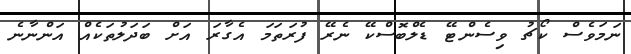
ނަމަވެސް ކޯޗު ވިސެންޓޭ ޑެލްބޮސްކޭ ނެރޭ ފުރަތަމަ އެގާރަ އަށް ބަދަލުތަކެއް އަންނާނެ